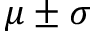
\mu \pm \sigma